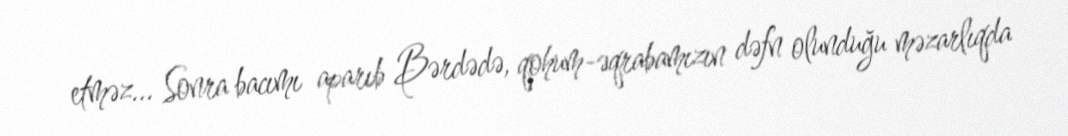
etməz… Sonra bacımı aparıb Bərdədə, qohum-əqrabamızın dəfn olunduğu məzarlıqda